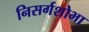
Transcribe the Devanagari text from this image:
निसर्गशोभा